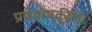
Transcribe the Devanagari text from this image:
प्राध्यापकीला